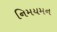
નિમયમન